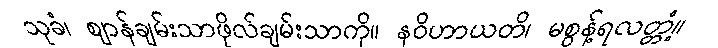
သုခံ၊ ဈာန်ချမ်းသာဖိုလ်ချမ်းသာကို။ နဝိဟာယတိ၊ မစွန့်ရလတ္တံ့။